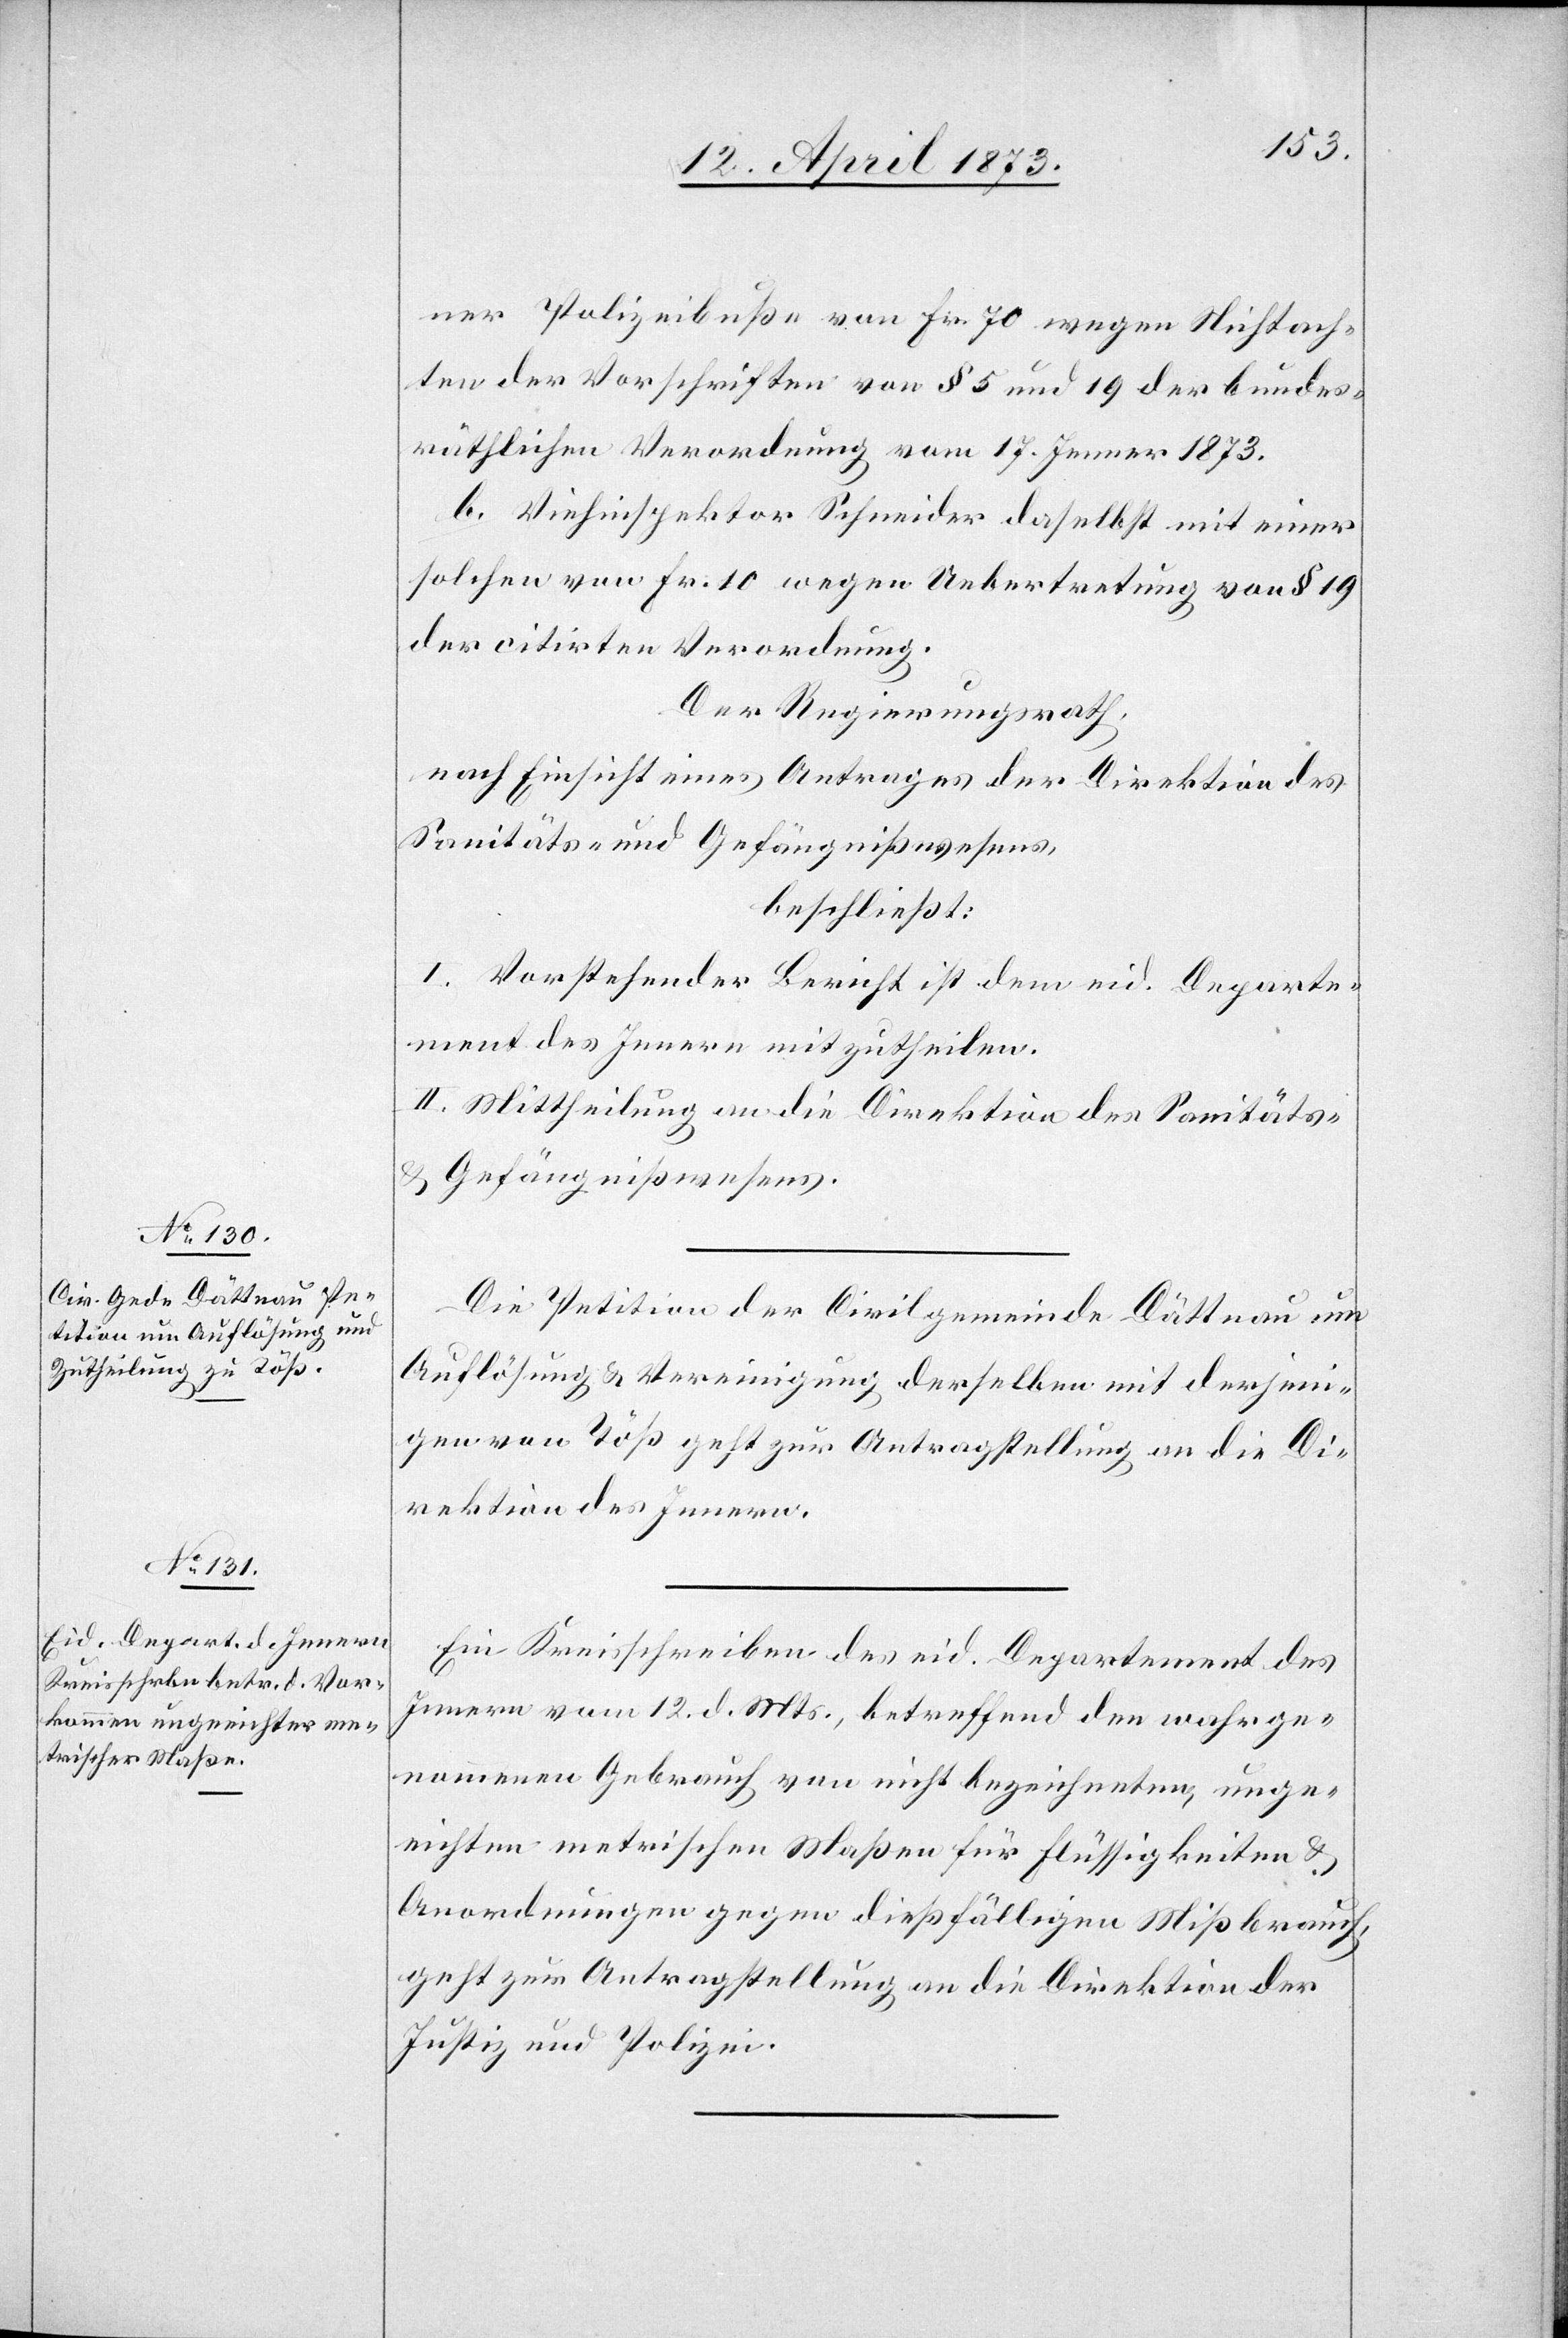
15. April 1873.]
ner Polizeibuße von Fr. 70 wegen Nichtach¬
ten der Vorschriften von § 5 und 19 der Bundes¬
räthlichen Verordnung vom 17. Jenner 1873.
b. Viehinspektor Schneider daselbst mit einer
solchen von Fr. 10 wegen Uebertretung von § 19
der citirten Verordnung.
Der Regierungsrath,
nach Einsicht eines Antrages der Direktion des
Sanitäts- und Gefängnißwesens,
beschließt:
I. Vorstehender Bericht ist dem eid. Departe¬
ment des Innern mitzutheilen.
II. Mittheilung an die Direktion des Sanitäts-
& Gefängniswesens.
Die Petition der Civilgemeinde Dättnau um
Auflösung & Vereinigung derselben mit derjeni¬
gen von Töß geht zur Antragstellung an die Di¬
rektion des Innern.
Ein Kreisschreiben des eid. Departement des
Innern vom 12. d. Mts., betreffend den wahrge¬
nommenen Gebrauch von nicht bezeichneten, unge¬
eichten metrischen Maßen für Flüssigkeiten &
Anordnungen gegen dießfälligen Mißbrauch,
geht zur Antragstellung an die Direktion der
Justiz und Polizei.